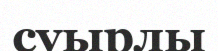
суырлы